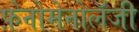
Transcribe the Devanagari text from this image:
फ़ेनोमेनोलॅजी